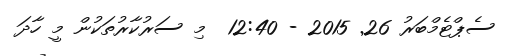
ސެޕްޓެމްބަރު 26